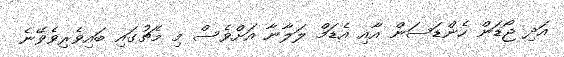
އަދި ޖޯޑަން ހެންޑަސަން އާއި އެޑަމް ލަލާނާ އަށްވެސް މި މެޗުގައި ބައިވެރިވެވޭނެ